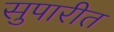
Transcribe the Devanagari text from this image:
सुपारीत